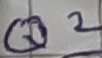
Text: Q2